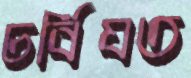
চর্বিযত